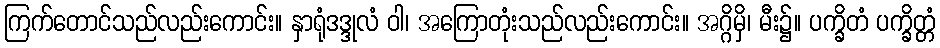
ကြက်တောင်သည်လည်းကောင်း။ နှာရုံဒဒ္ဒုလံ ဝါ၊ အကြောတုံးသည်လည်းကောင်း။ အဂ္ဂိမှိ၊ မီး၌။ ပက္ခိတံ ပက္ခိတ္တံ